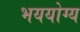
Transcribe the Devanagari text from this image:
भययोग्य